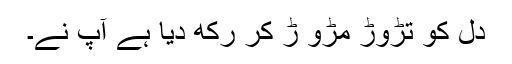
دل کو تڑوڑ مڑو ڑ کر رکھ دیا ہے آپ نے۔